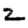
Digit: 2